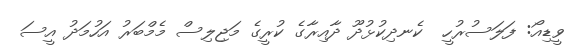
ވީޑިއޯ: ފަލަސުރުހީ  ކެނދިކުޅުދޫ ދާއިރާގެ ކުރީގެ މަޖިލިސް މެމްބަރު އަހުމަދު އީސަ